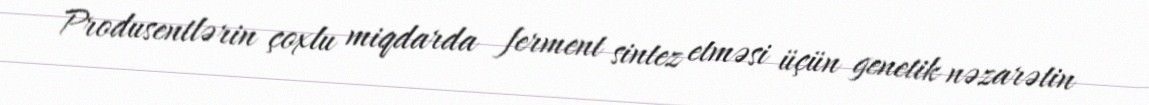
Produsentlərin çoxlu miqdarda ferment sintez etməsi üçün genetik nəzarətin